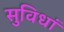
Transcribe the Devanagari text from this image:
सुविधां